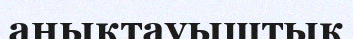
анықтауыштық